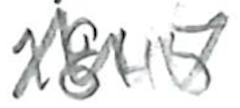
Text: 1845
Cross-out: zig-zag
Writing tool: pencil